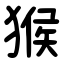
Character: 猴